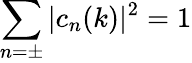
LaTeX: \sum_{n=\pm}|c_{n}(k)|^{2}=1